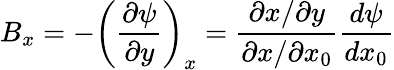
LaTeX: B_{x}=-\left(\frac{\partial\psi}{\partial y}\right)_{x}=\frac{\partial x/\partial y}{\partial x/\partial x_{0}}\frac{d\psi}{dx_{0}}